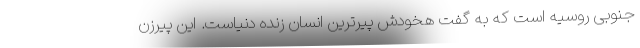
جنوبی روسیه است که به گفت هخودش پیرترین انسان زنده دنیاست. این پیرزن